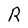
Character: R